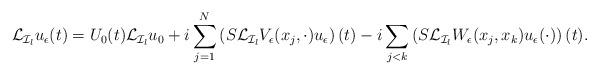
LaTeX: \begin{align*} \mathcal{L}_{\mathcal{I}_l}u_\epsilon(t)=U_0(t)\mathcal{L}_{\mathcal{I}_l}u_0+i\sum_{j=1}^N\left(S\mathcal{L}_{\mathcal{I}_l}V_\epsilon(x_j,\cdot)u_\epsilon\right)(t)-i\sum_{j<k}\left(S\mathcal{L}_{\mathcal{I}_l}W_\epsilon(x_j,x_k)u_\epsilon(\cdot)\right)(t).\end{align*}